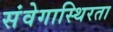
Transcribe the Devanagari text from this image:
संवेगास्थिरता